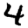
Digit: 4